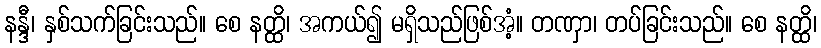
နန္ဒီ၊ နှစ်သက်ခြင်းသည်။ စေ နတ္ထိ၊ အကယ်၍ မရှိသည်ဖြစ်အံ့။ တဏှာ၊ တပ်ခြင်းသည်။ စေ နတ္ထိ၊